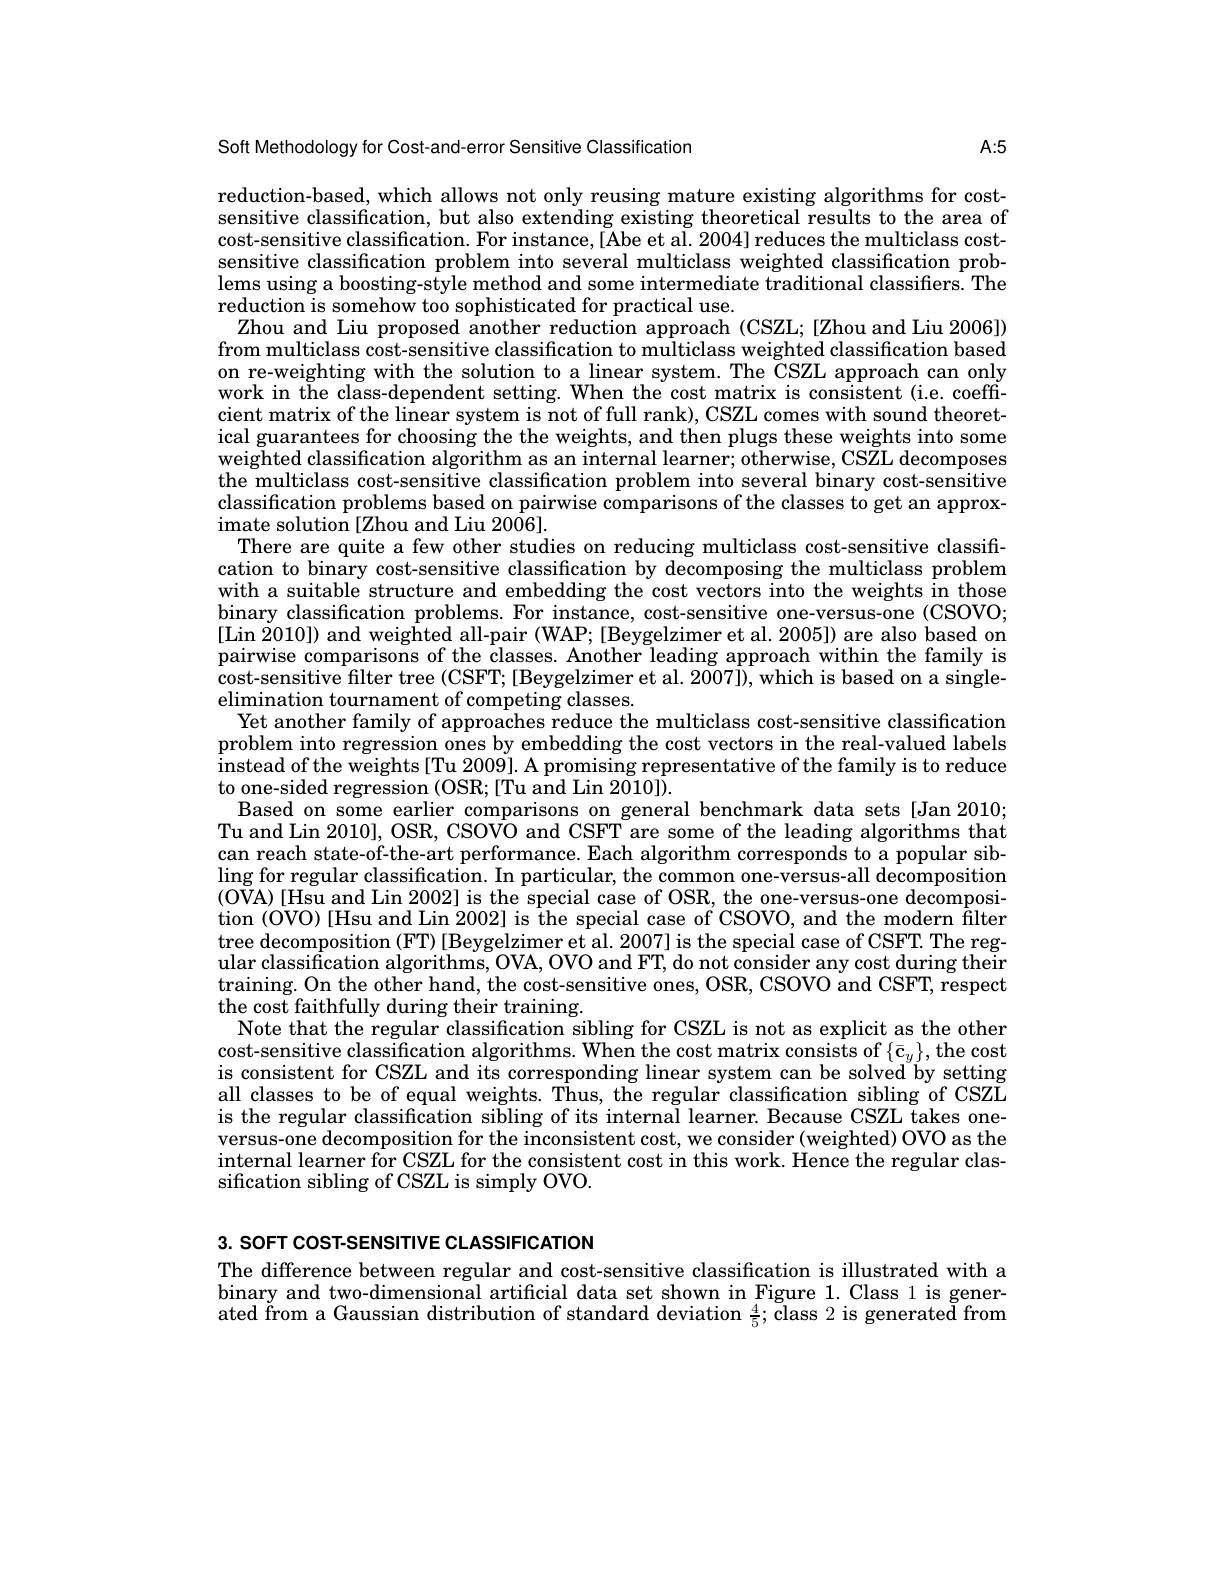
$A:5$

Soft Methodology for Cost-and-error Sensitive Classification
reduction-based, which allows not only reusing mature existing algorithms for costsensitive classification, but also extending existing theoretical results to the area of cost-sensitive classification. For instance, [Abe et al. 2004] reduces the multiclass costsensitive classification problem into several multiclass weighted classification prob lems using a boosting-style method and some intermediate traditional classifiers. The reduction is somehow too sophisticated for practical use.
Zhou and Liu proposed another reduction approach (CSZL;[Zhou and Liu 2006]) from multiclass cost-sensitive classification to multiclass weighted classification based on re-weighting with the solution to a linear system. The CSZL approach can only work in the class-dependent setting. When the cost matrix is consistent (i.e. coeff-) cient matrix of the linear system is not of full rank), CSZL comes with sound theoretical guarantees for choosing the the weights, and then plugs these weights into some weighted classification algorithm as an internal learner; otherwise, CSZL decomposes the multiclass cost-sensitive classification problem into several binary cost-sensitive classification problems based on pairwise comparisons of the classes to get an approximate solution [Zhou and Liu 2006].
There are quite a few other studies on reducing multiclass cost-sensitive classification to binary cost-sensitive classification by decomposing the multiclass problem with a suitable structure and embedding the cost vectors into the weights in those binary classification problems. For instance, cost-sensitive one-versus-one (CSOVO; [Lin $\dot{2}010])$ and weighted all-pair(WAP; [Beygelzimer et al. 2005]) are also based on pairwise comparisons of the classes. Another leading approach within the family is cost-sensitive filter tree (CSFT; [Beygelzimer et al. 2007]), which is based on a singleelimination tournament of competing classes.
Yet another family of approaches reduce the multiclass cost- sensitive classification problem into regression ones by embedding the cost vectors in the real-valued labels instead of the weights [Tu 2009]. A promising representative of the family is to reduce to one-sided regression (OSR;[Tu and Lin 2010]).
Based on some earlier comparisons on general benchmark data sets [Jan 2010; Tu and Lin 2010], OSR, CSOVO and CSFT are some of the leading algorithms that can reach state-of-the-art performance. Each algorithm corresponds to a popular sib- $\operatorname*{ling}$ for regular classification. In particular, the common one-versus-all decomposition (OVA) [Hsu and Lin 2002] is the special case of OSR, the one-versus-one decomposition (OVO) [Hsu and Lin 2002] is the special case of CSOVO, and the modern filter tree decomposition (FT) [Beygelzimer et al. 2007] is the special case of CSFT. The regular classification algorithms, OVA, OVO and FT, do not consider any cost during their $\begin{aligned}\text{training. On the other hand, the cost-sensitive ones, OSR, CSOVO and CSFT, respect}\end{aligned}$ the cost faithfully during their training.
Note that the regular classification sibling for CSZL is not as explicit as the other cost-sensitive classification algorithms. When the cost matrix consists of $\{\bar{\mathbf{c}}_y\}$, the cost is consistent for CSZJ. and its corresnonding linear svstem can be solved bv setting all classes to be of equal weights. Thus, the regular classification sibling of CSZL is the regular classification sibling of its internal learner. Because CSZL takes oneversus-one decomposition for the inconsistent cost, we consider (weighted) OVO as the internal learner for CSZL for the consistent cost in this work. Hence the regular classification sibling of CSZL is simply OVO.

3. SOFT COST-SENSITIVE CLASSIFICATION

The difference between regular and cost-sensitive classification is illustrated with a binary and two-dimensional artificial data set shown in Figure 1. Class 1 is generated from a Gaussian distribution of standard deviation $\frac 45;$ õlass 2 is generate$\text{\v {d}from}$